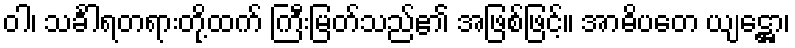
ဝါ၊ သင်္ခါရတရားတို့ထက် ကြီးမြတ်သည်၏ အဖြစ်ဖြင့်။ အာဓိပတေ ယျဋ္ဌော၊